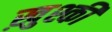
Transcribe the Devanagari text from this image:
ख़ुश्की